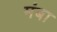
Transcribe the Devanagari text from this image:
मंबा